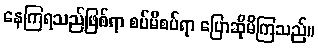
နေကြရသည်ဖြစ်ရာ စပ်မိစပ်ရာ ပြောဆိုမိကြသည်။